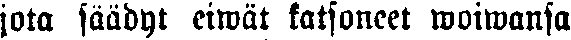
jota jäädyt eiwät katsoneet woiwansa